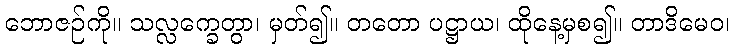
ဘောဇဉ်ကို။ သလ္လက္ခေတွာ၊ မှတ်၍။ တတော ပဋ္ဌာယ၊ ထိုနေ့မှစ၍။ တာဒိမေဝ၊